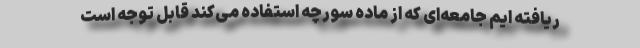
ریافته ایم جامعه‌ای که از ماده سورچه استفاده می‌کند قابل توجه است